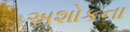
અશોકના